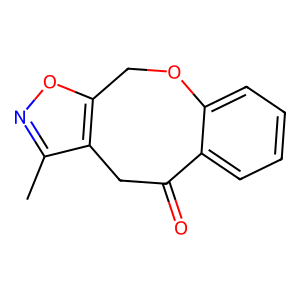
SMILES: Cc1noc2c1CC(=O)c1ccccc1OC2
Inhibits HIV replication: No